Source: Handwritten
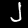
Digit: ၂ (2)